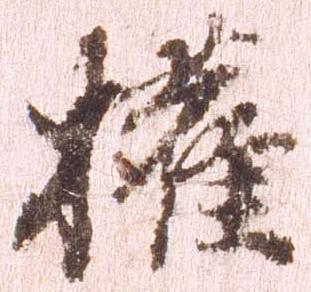
権